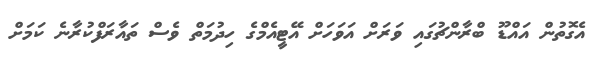
އެގޮތުން އައްޑޫ ބްރާންޗުގައި ވަރަށް އަވަހަށް އޭޓީއެމްގެ ހިދުމަތް ވެސް ތައާރަފްކުރާނެ ކަމަށް